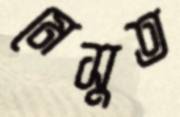
মেসুত